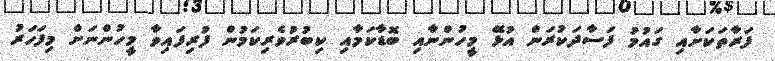
ފަރާތަކަށާއި ގައުމު ފަސާދަކުރަން އުޅޭ މީހުންނާއި ބޮޑާކަމާއި ކިބުރުވެރިކަމުން ފުރިފައިވާ މީހުންނަށް މިފަހަރު